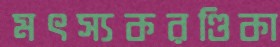
মৎস্যকরণ্ডিকা